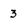
Character: 3